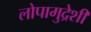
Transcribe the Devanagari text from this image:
लोपामुद्रेशी